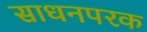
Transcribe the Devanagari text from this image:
साधनपरक